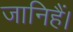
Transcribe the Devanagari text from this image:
जानिहैं।